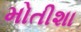
મોતીશા